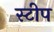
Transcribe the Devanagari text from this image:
स्टीप